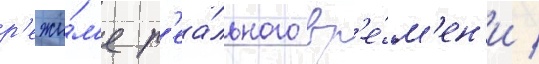
р'ежи́м'е р'еа́льного вр'е́м'ен'и /